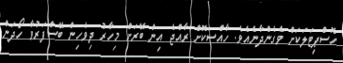
ހޮސްޕިޓަލަކަށް ވެގެންދާނެއެވެ. ހާއްސަކޮށް ރާއްޖެ އިން ބޭރަށް މިހާރު ދިވެހިން ބޭސްފަރުވާ ހޯދަން